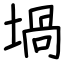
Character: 堝